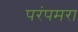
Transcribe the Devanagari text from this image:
परंपमरा